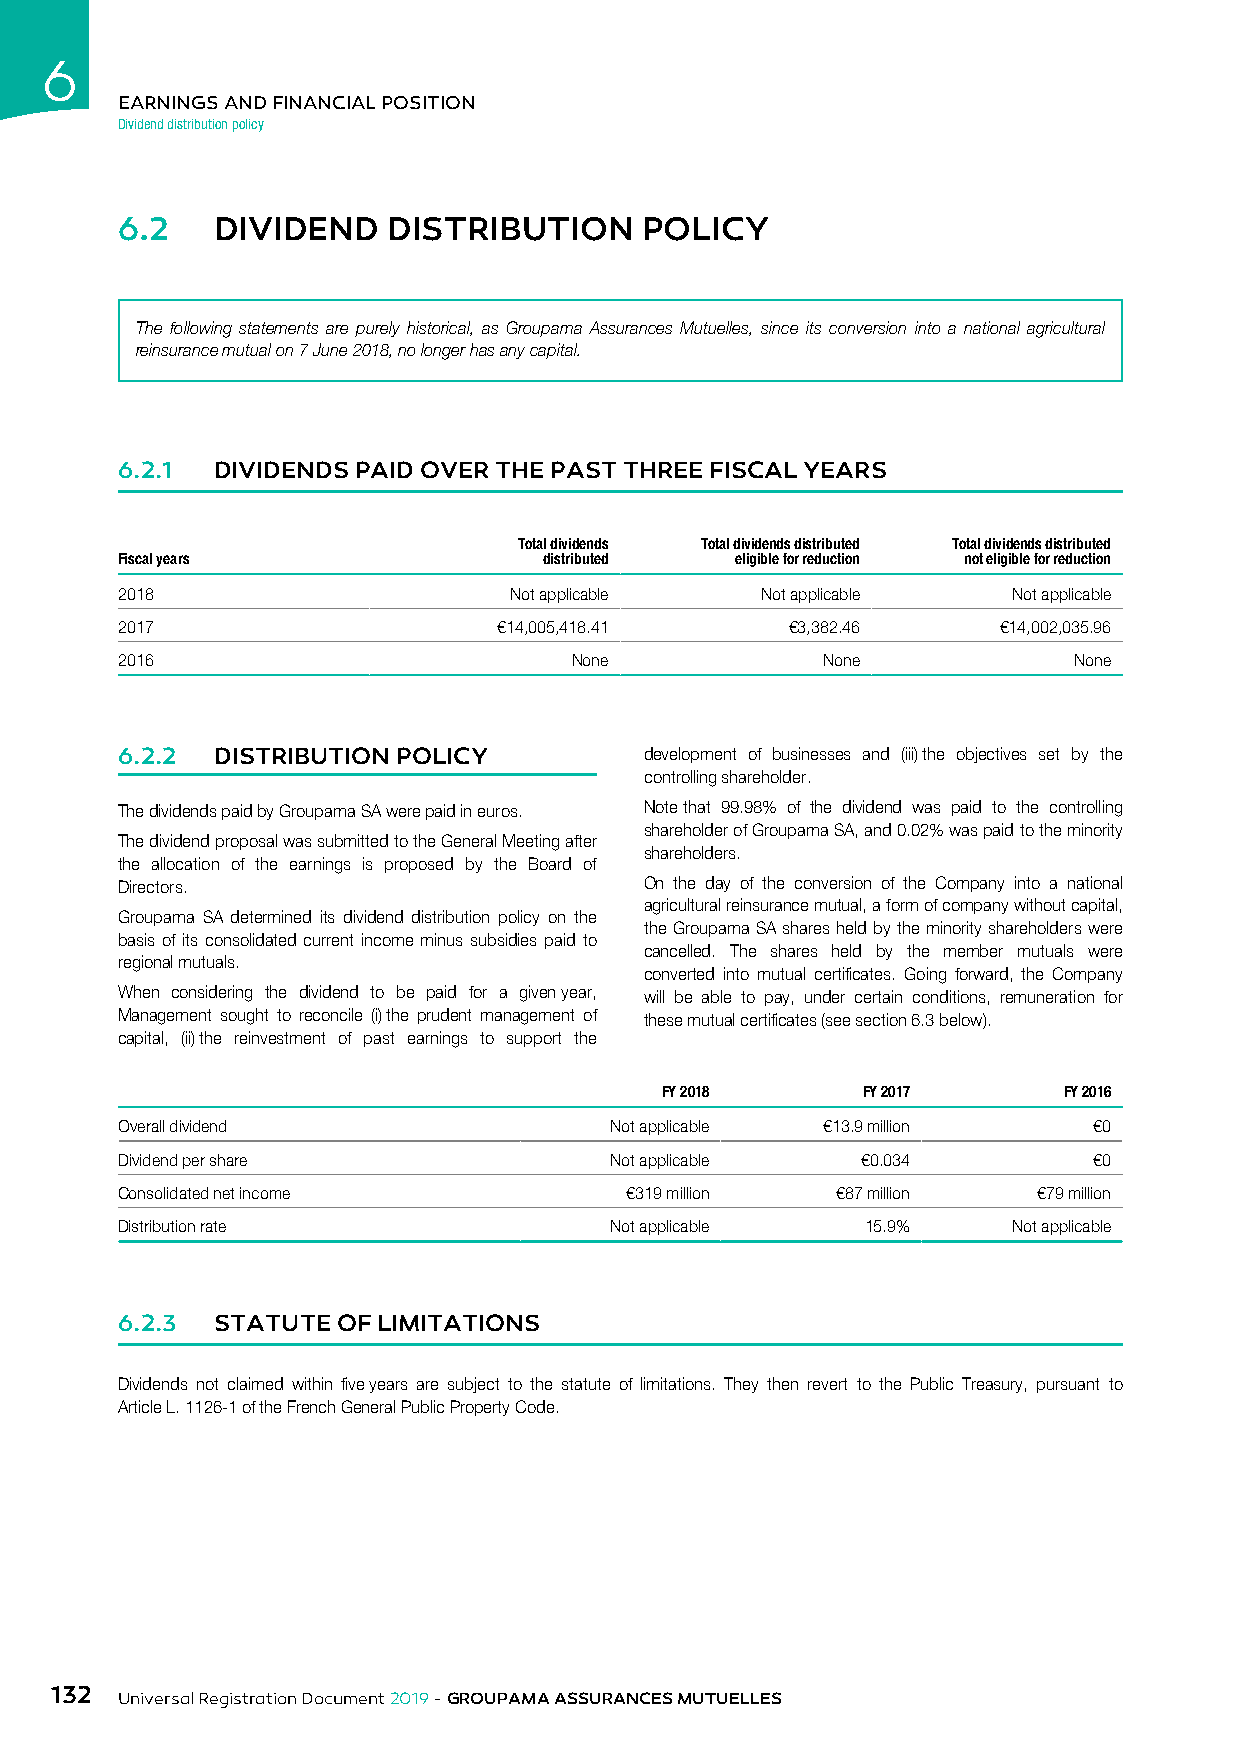
6
 EARNINGS AND FINANCIAL POSITION
 Dividend distribution policy
 6.2   DIVIDEND    DISTRIBUTION    POLICY
 The following statements are purely historical, as Groupama Assurances Mutuelles, since its conversion into a national agricultural
 reinsurance mutual on 7 June 2018, no longer has any capital.
 6.2.1 DIVIDENDS PAID OVER THE PAST THREE FISCAL YEARS
 Total dividends Total dividends distributed Total dividends distributed
 Fiscal years                distributed  eligible for reduction not eligible for reduction
 2018                      Not applicable  Not applicable   Not applicable
 2017                     €14,005,418.41     €3,382.46     €14,002,035.96
 2016                          None            None             None
 6.2.2 DISTRIBUTION POLICY          development of businesses and (iii) the objectives set by the
 controlling shareholder.
 The dividends paid by Groupama SA were paid in euros. Note that 99.98% of the dividend was paid to the controlling
 shareholder of Groupama SA, and 0.02% was paid to the minority
 The dividend proposal was submitted to the General Meeting after
 shareholders.
 the allocation of the earnings is proposed by the Board of
 Directors.                         On the day of the conversion of the Company into a national
 agricultural reinsurance mutual, a form of company without capital,
 Groupama SA determined its dividend distribution policy on the
 the Groupama SA shares held by the minority shareholders were
 basis of its consolidated current income minus subsidies paid to
 cancelled. The shares held by the member mutuals were
 regional mutuals.
 converted into mutual certificates. Going forward, the Company
 When considering the dividend to be paid for a given year, will be able to pay, under certain conditions, remuneration for
 Management sought to reconcile (i) the prudent management of these mutual certificates (see section 6.3 below).
 capital, (ii) the reinvestment of past earnings to support the
 FY 2018      FY 2017      FY 2016
 Overall dividend                Not applicable €13.9 million    €0
 Dividend per share              Not applicable   €0.034         €0
 Consolidated net income          €319 million  €87 million   €79 million
 Distribution rate               Not applicable   15.9%     Not applicable
 6.2.3 STATUTE OF LIMITATIONS
 Dividends not claimed within five years are subject to the statute of limitations. They then revert to the Public Treasury, pursuant to
 Article L. 1126-1 of the French General Public Property Code.
 132
 Universal Registration Document 2019 - GROUPAMA ASSURANCES MUTUELLES